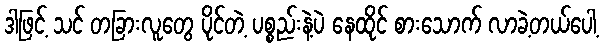
ဒါဖြင့် သင် တခြားလူတွေ ပိုင်တဲ့ ပစ္စည်းနဲ့ပဲ နေထိုင် စားသောက် လာခဲ့တယ်ပေါ့